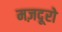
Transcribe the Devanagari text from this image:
मज़दूरो